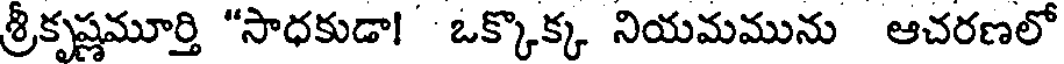
శ్రీకృష్ణమూర్తి "సాధకుడా! ఒక్కొక్క నియమమును ఆచరణలో